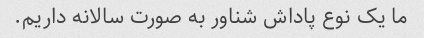
ما یک نوع پاداش شناور به صورت سالانه داریم.